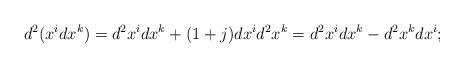
LaTeX: \begin{align*}d^2(x^idx^k)=d^2x^idx^k+(1+j)dx^id^2x^k=d^2x^idx^k-d^2x^kdx^i;\end{align*}